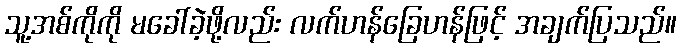
သူ့အစ်ကိုကို မခေါ်ခဲ့ဖို့လည်း လက်ဟန်ခြေဟန်ဖြင့် အချက်ပြသည်။